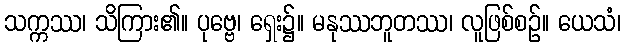
သက္ကဿ၊ သိကြား၏။ ပုဗ္ဗေ၊ ရှေး၌။ မနုဿဘူတဿ၊ လူဖြစ်စဉ်။ ယေသံ၊